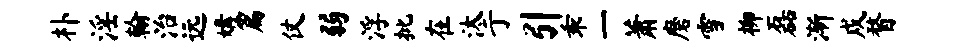
朴淫翰治远媾篇仗弱浮批在汰亍引乖一萧磨雪柳磊渐戍瞀